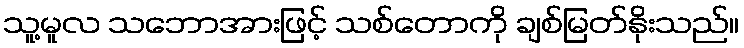
သူ့မူလ သဘောအားဖြင့် သစ်တောကို ချစ်မြတ်နိုးသည်။